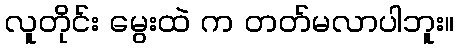
လူတိုင်း မွေးထဲ က တတ်မလာပါဘူး။